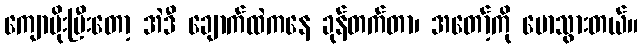
ကျောပိုးပြီးတော့ အဲဒီ ချောက်ထဲကနေ ခုန်တက်တာ၊ အတော့်ကို မောသွားတယ်။